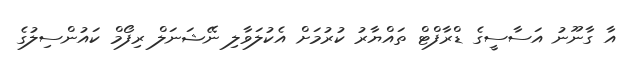
އާ ގާނޫނު އަސާސީގެ ޑްރާފްޓް ތައްޔާރު ކުރުމަށް އެކުލަވާލި ނޭޝަނަލް ރިފޯމް ކައުންސިލުގެ